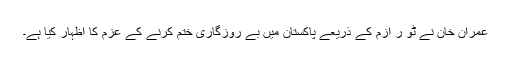
عمران خان نے ٹو ر ازم کے ذریعے پاکستان میں بے روزگاری ختم کرنے کے عزم کا اظہار کیا ہے۔